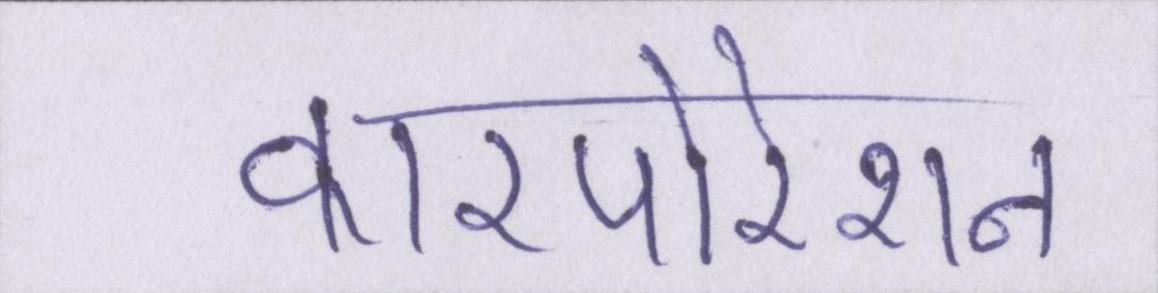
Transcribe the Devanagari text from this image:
कारपोरेशन